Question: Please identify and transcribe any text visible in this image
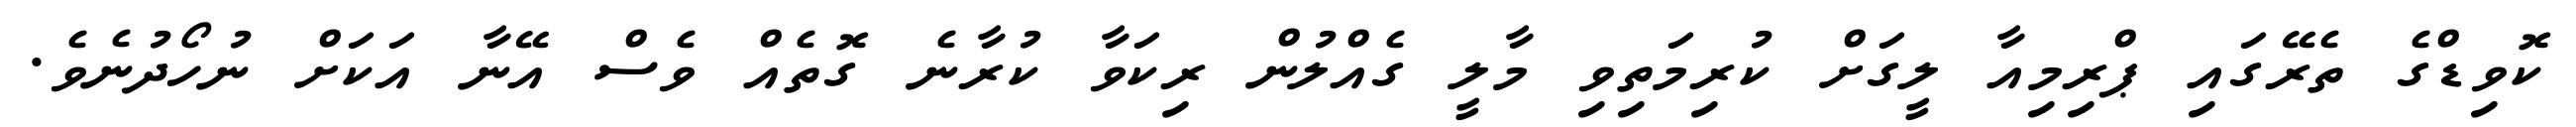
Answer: ކޮވިޑްގެ ތެރޭގައި ޕްރިމިއާ ލީގަށް ކުރިމަތިވި މާލީ ގެއްލުން ރިކަވާ ކުރާނެ ގޮތެއް ވެސް އޭނާ އަކަށް ނުހޯދުނެވެ.